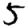
Digit: 5